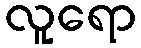
လူရော